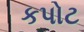
કપોટ